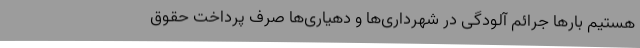
هستیم بارها جرائم آلودگی در شهرداری‌ها و دهیاری‌ها صرف پرداخت حقوق